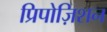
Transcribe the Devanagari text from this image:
प्रिपोज़िशन